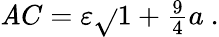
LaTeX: \mathit{A}C=\textstyle\varepsilon{\sqrt{}{{1+{\frac{{9}}{{4}}}a\ }}}.